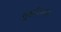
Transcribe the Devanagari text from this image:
गुरूशिन्हा